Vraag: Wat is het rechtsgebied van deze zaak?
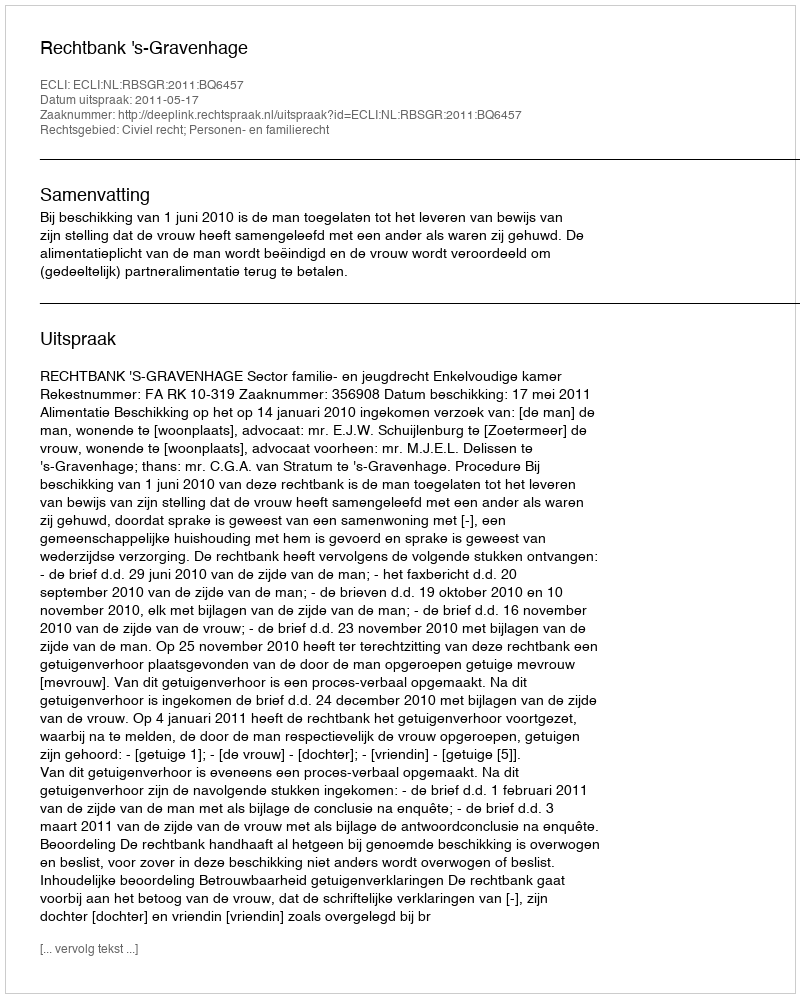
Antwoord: Civiel recht; Personen- en familierecht